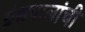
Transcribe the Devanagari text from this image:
ग्रंथपालांची